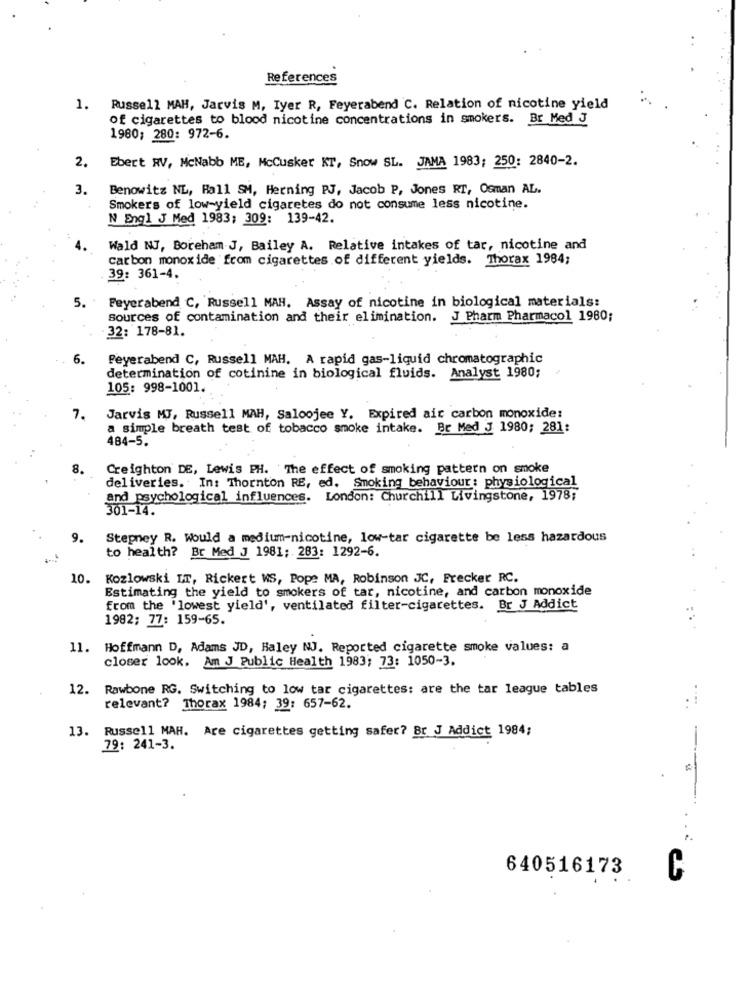
References
1.
Russell MAH, Jarvis M, Iyer R, Feyerabend C. Relation of nicotine yield
of cigarettes to blood nicotine concentrations in smokers. Br Med J
1980; 280: 972-6.
2.
Ebert RV, McNabb ME, McCusker KT, Snow SL. JAMA 1983; 250: 2840-2.
3.
Benowitz NL, Hall SM, Herning PJ, Jacob P, Jones RT, Osman AL.
Smokers of low yield cigaretes do not consume less nicotine.
N Engl J Med 1983: 309: 139-42.
Wald NJ, Boreham-J, Bailey A. Relative intakes of tar, nicotine and
carbon monoxide from cigarettes of different yields. Thorax 1984;
39: 361-4.
5.
Feyerabend C, Russell MAH. Assay of nicotine in biological materials:
sources of contamination and their elimination. J Pharm Pharmacol 1980;
32: 178-81.
6.
Peyerabend C, Russell MAH. A rapid gas-liquid chromatographic
determination of cotinine in biological fluids. Analyst 1980;
105: 998-1001
7.
Jarvis MJ, Russell MAH, Saloojee Y. Expired air carbon monoxide:
a simple breath test of tobacco smoke intake. Br Med J 1980; 281:
484-5.
8.
Creighton DE, Lewis PH. The effect of smoking pattern on smoke
deliveries. In: Thornton RE, ed. Smoking behaviour: physiological
and psychological influences. London: Churchill Livingstone, 1978;
301-14.
9.
Stepney R. Would a medium-nicotine, low-tar cigarette be less hazardous
to health? Br Med J 1981; 283: 1292-6.
10.
Kozlowski IT, Rickert WS, Pope MA, Robinson JC, Frecker RC.
Estimating the yield to smokers of tat, nicotine, and carbon monoxide
from the 'lowest yield', ventilated filter-cigarettes. Br J Addict
1982; 77: 159-65.
11. Hoffmann D, Adams JD, Haley NJ. Reported cigarette smoke values: a
closer look. Am J Public Health 1983; 73: 1050-3.
12. Rawbone RG. Switching to low tar cigarettes: are the tar league tables
relevant? Thorax 1984; 39: 657-62.
13. Russell MAH. Are cigarettes getting safer? Br J Addict 1984;
79: 241-3.
640516173
C